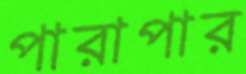
পারাপার